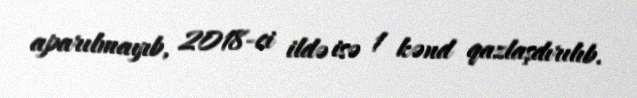
aparılmayıb, 2018-ci ildə isə 1 kənd qazlaşdırılıb.